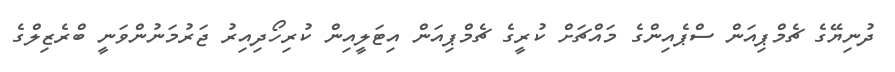
ދުނިޔޭގެ ޗެމްޕިއަން ސްޕެއިންގެ މައްޗަށް ކުރީގެ ޗެމްޕިއަން އިޓަލީއިން ކުރިހޯދިއިރު ޖަރުމަނުންވަނީ ބްރެޒިލްގެ